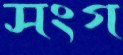
সংগ